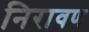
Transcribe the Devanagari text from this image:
निरावण